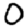
Digit: 0